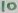
Text: 10